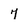
Character: 7